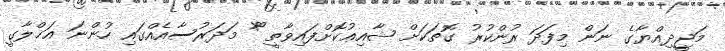
މަޖީދިއްޔާގެ ނަން މިފަދަ ރުންކުރު ގޮތަކަށް ޝާއިޢުކޮށްފައިވާތީ *ޫ މަދަރުސާއެއްގައި ހުންނަ އަޚްލާގީ